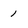
Character: 1